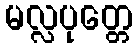
မလ္လပုတ္တေ